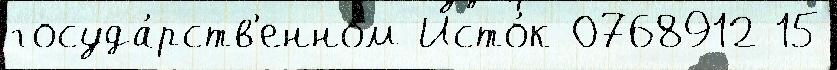
госуда́рств'енном Исто́к 0768912 15